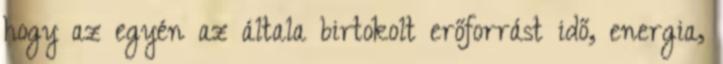
hogy az egyén az általa birtokolt erőforrást idő, energia,